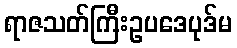
ရာဇသတ်ကြီးဥပဒေပုဒ်မ